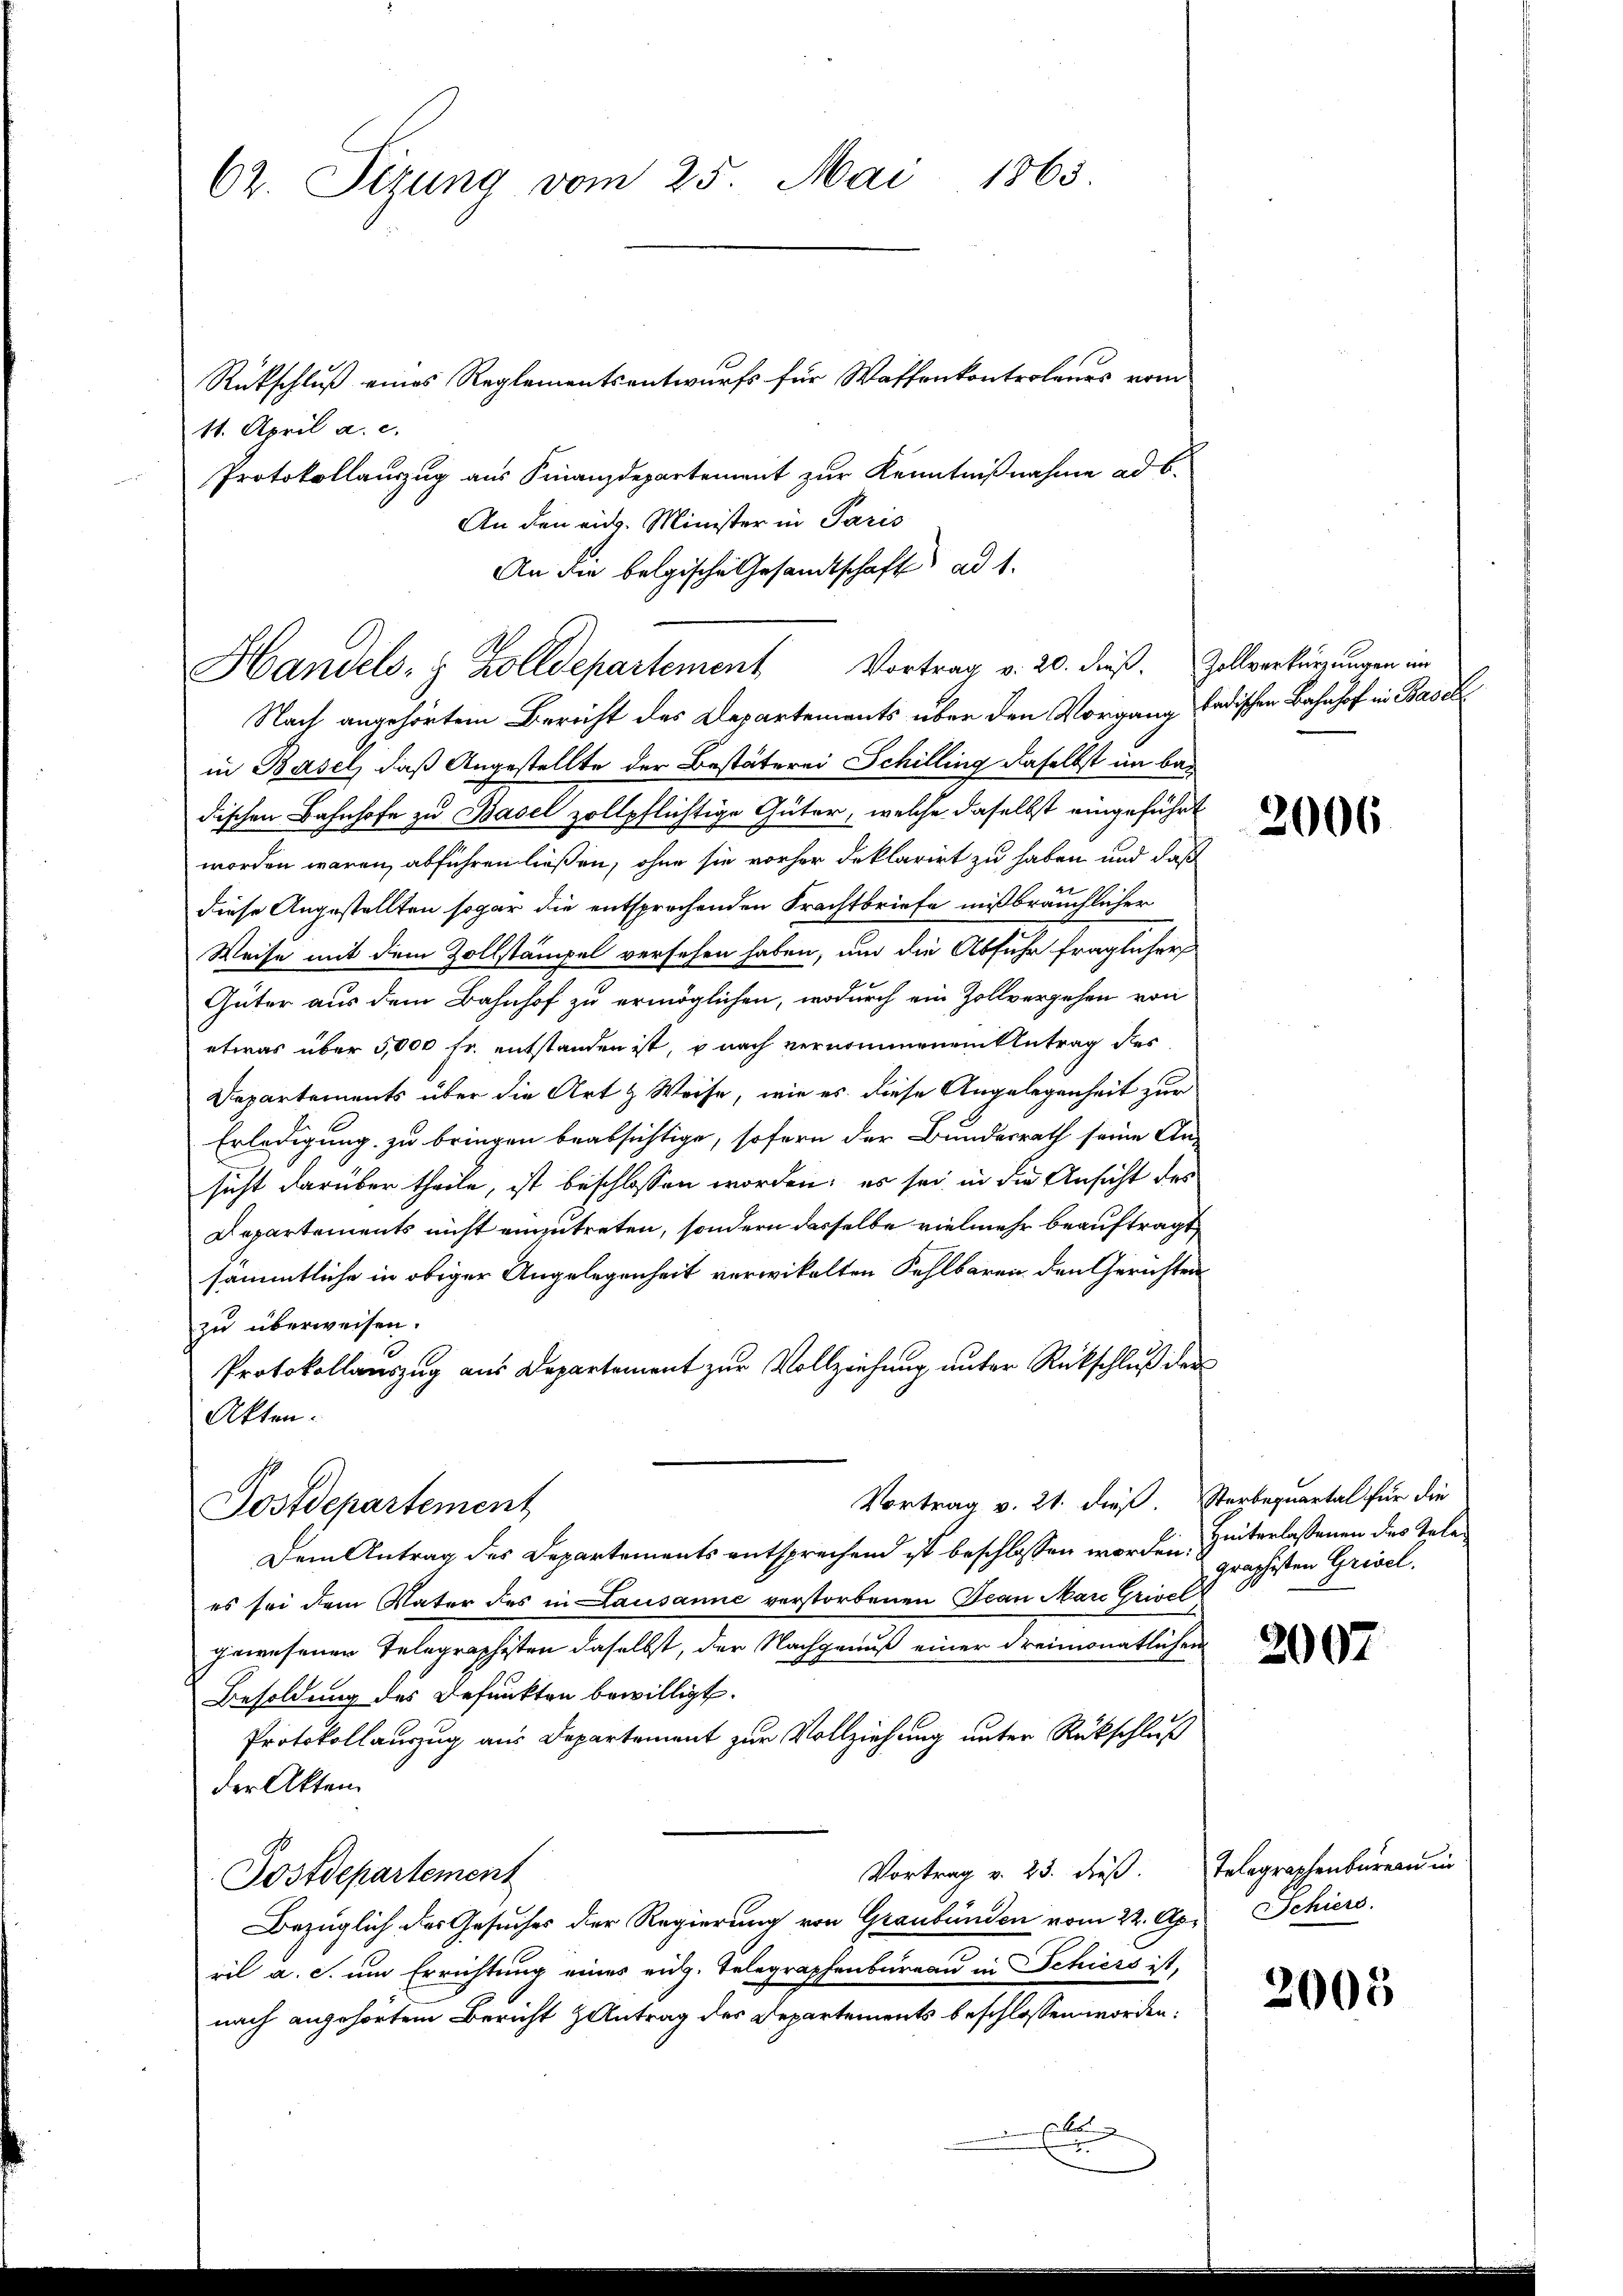
62. Sizung vom 25. Mai 1865.

Rückschluß eines Reglementsentwurfs für Waffenkontroleurs vom
11. April a. c.
Protokollauszug aus Finanzdepartement zur Kenntnißnahme ad b.
An den eidg. Minister in Paris
An die belgische Gesandtschaft ad 1.
Nach angehörtem Bericht des Departements über den Vorgang badischen Bahnhof in Basel
in Basel, daß Angestellte der Bestäterei Schilling daselbst im bedischen Bahnhofe zu Basel zollpflichtige Güter, welche daselbst eingeführt
worden waren, abführen ließen, ohne sie vorher deklarirt zu haben und daß
diese Angestellten sogar die entsprochenden Frachtbriefe mißbräuchlicher
Weise mit dem Zollstämpel versehen haben, und die Abfuhr fraglicher
Güter aus dem Bahnhof zu ermöglichen, wodurch ein Zollvergehen von
etwas über 5,000 fr. entstanden ist, u nach vernommenen Antrag des
Departements über die Art & Weise, wie es diese Angelegenheit zur
Erledigung zu bringen beabsichtige, sofern der Bundesrath seine An-
sicht darüber theile, ist beschlossen worden; es sei in die Ansicht des
Departements nicht einzutreten, sondern dasselbe vielmehr beauftragt,
sämmtliche in obiger Angelegenheit verwikalten Fehlbaren den Gerichten
zu überweisen.
Protokollauszug aus Departement zur Vollziehung unter Rückschluß der
Akten.
Vortrag v. 21. dieß. Sterbequartal für die
Postdepartement
Dem Antrag des Departements entsprechend ist beschlossen worden. Hinterlassenen des Tele
es sei dem Vater des in Lausanne verstorbenen Jean Mare Grivel
gewesenen Telegraphisten daselbst, der Nachgenuß einer dreimonatlichen
Besoldung des Befunkten bewilligt.
Protokollauszug aus Departement zur Vollziehung unter Rückschluß
der Akten
Vortrag v. 25. dieß. Telegraphenbureau in
Postdepartement
Bezüglich des Gesuches der Regierung von Graubünden vom 22. Apr. Schiers.
eil a. c. um Errichtung eines eidg. Telegraphenbureau in Schiers ist,
nach angehörtem Bericht Antrag des Departements beschlossen worden.
Aben
.

Handels- & Zolldepartement Vortrag v. 20. dieß. Zollverkürzungen im

2006

graphisten Grisel.

2007

2005